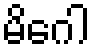
မိဂေါ